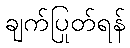
ချက်ပြုတ်ရန်